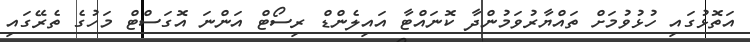
އަތޮޅުގައި ހުޅުވުމަށް ތައްޔާރުވަމުންދާ ކޮނައްޓާ އައިލެންޑް ރިސޯޓް އަންނަ އޮގަސްޓް މަހުގެ ތެެރޭގައި